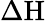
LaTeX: \Delta\mathrm{H}